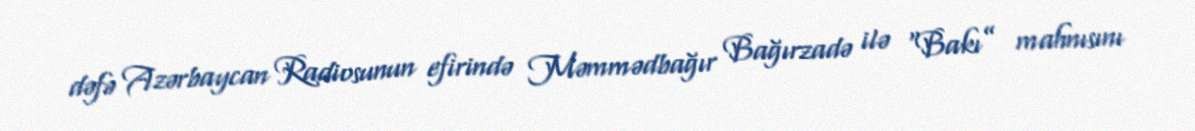
dəfə Azərbaycan Radiosunun efirində Məmmədbağır Bağırzadə ilə “Bakı” mahnısını